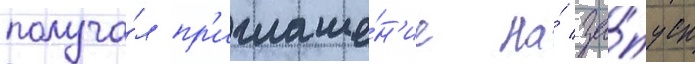
получа́л пр'иглаше́н'ие на́ за́пуск